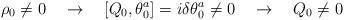
LaTeX: \begin{align*}\rho_0\not=0 \quad\rightarrow \quad[Q_0,\theta_0^a]=i\delta\theta^a_0\not=0\quad \rightarrow\quad Q_0\not=0\end{align*}